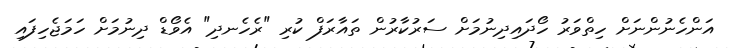
އަންހެނުންނަށް ހިތްވަރު ހޯދައިދިނުމަށް ސަރުކާރުން ތައާރަފް ކުރި "ރެހެނދި" އެވޯޑް ދިނުމަށް ހަމަޖެހިފައި